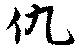
仇